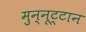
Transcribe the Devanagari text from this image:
मुन्नूट्टान